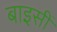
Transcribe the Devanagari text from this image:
बाइसीं